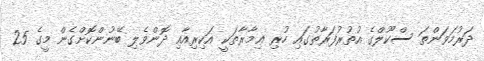
ދަރުމަވަންތަ ސްކޫލްގެ އުތުރުފަރާތުގައި ހުރި ޢިމާރާތަކީ އަކިރިއާއި ދޮންވެލި ބޭނުންކޮށްގެން މީގެ 25